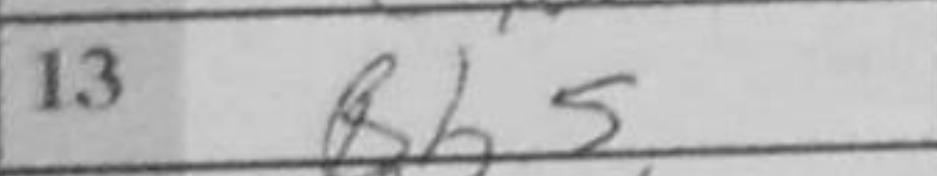
Transcription: Bb5